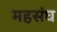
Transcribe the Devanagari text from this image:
महसंघ